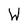
Character: W